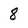
Character: 8